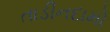
તાડીનદામો